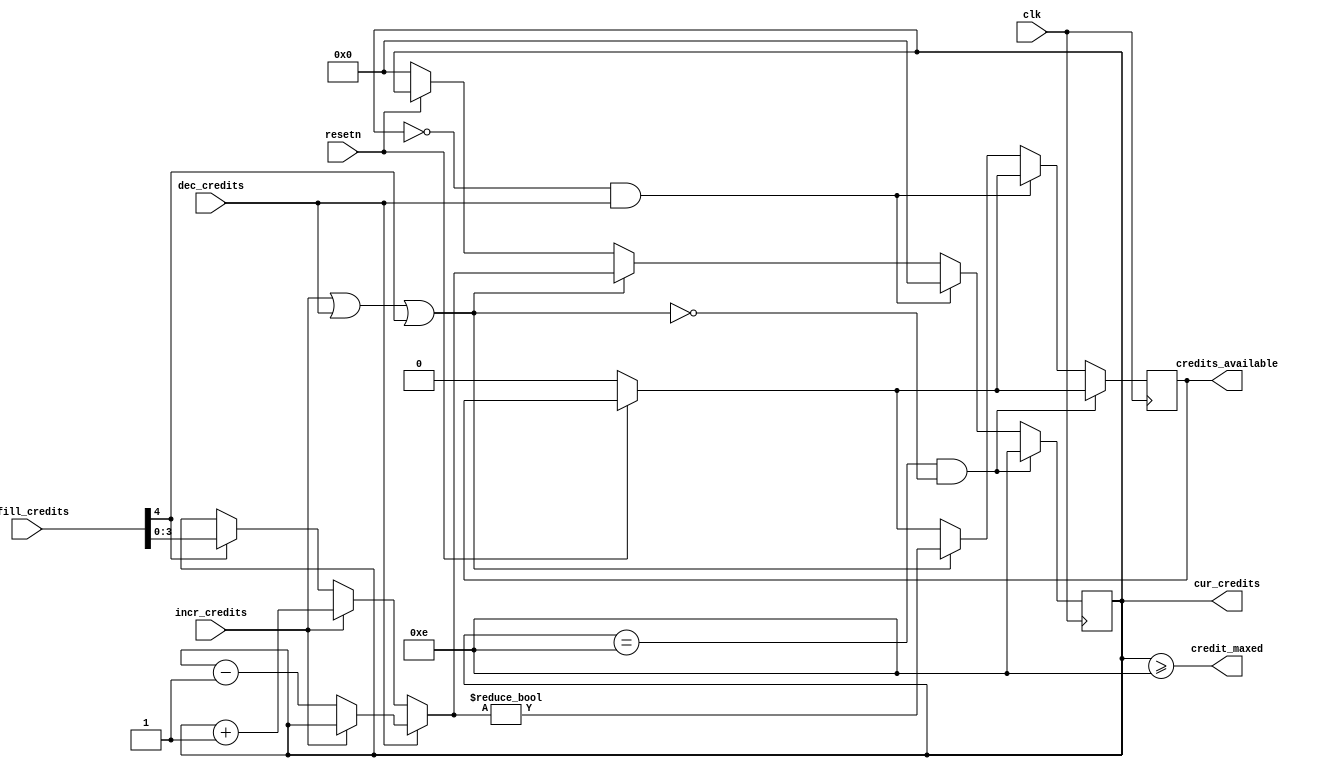
module  chi_link_credit_manager 
  (
   input 	clk,
   input 	resetn,
   input 	dec_credits,
   input 	incr_credits,
   input [4:0] 	refill_credits,
  
  
   output reg 	credits_available,
   output [3:0] cur_credits,
   output 	credit_maxed
   );

   
   wire 	credit_update ;
   wire [3:0] 	incremented_credits; 
   wire [3:0] 	decremented_credits;
   

   reg [3:0] 	current_credit;

   assign cur_credits = current_credit;
   
   assign credit_maxed   = current_credit >= 'hE;
   assign credit_update = incr_credits || dec_credits || refill_credits[4];
   assign incremented_credits = incr_credits ? current_credit + 1'b1 : refill_credits[4] ? refill_credits[3:0] : current_credit;

   assign decremented_credits = dec_credits ? incr_credits ? current_credit :current_credit - 1'b1 : incremented_credits;

   
   always@(posedge clk) begin
      if(~resetn) begin
         credits_available  <= 1'b0;
         current_credit  <= 4'b0;
      end
      if(current_credit == 4'hE & ~credit_update)
	current_credit <= 4'hE;
      else if(current_credit == 4'h0 & dec_credits)
	current_credit <= 0;
      else if (credit_update) begin
         credits_available  <= (decremented_credits != 4'b0);
         current_credit  <= decremented_credits;
      end 
   end
endmodule